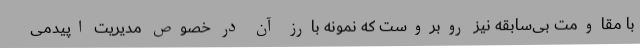
با مقاومت بی‌سابقه نیز روبروست که نمونه بارز آن در خصوص مدیریت اپیدمی